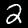
Label: 2